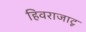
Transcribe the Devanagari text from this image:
हिवराजाटू